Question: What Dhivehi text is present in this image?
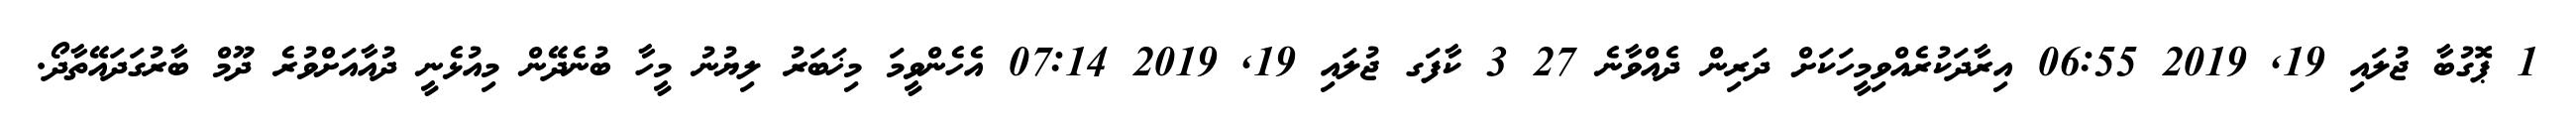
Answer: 1 ޕޮގުބާ ޖުލައި 19, 2019 06:55 އިރާދަކުރެއްވިމީހަކަށް ދަރިން ދެއްވާނެ 27 3 ކާފަގ ޖުލައި 19, 2019 07:14 އެހެންވީމަ މިޚަބަރު ލިޔުނު މީހާ ބުނެދޭން މިއުޅެނީ ދުއާއަށްވުރެ ދޫމް ބާރުގަދައޭތާދޯ.